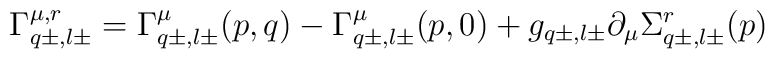
\Gamma^{\mu,r}_{q \pm,l \pm}= \Gamma^{\mu}_{q \pm,l \pm}(p,q)-\Gamma^{\mu}_{q \pm,l \pm}(p,0)+g_{q \pm,l \pm} \partial_{\mu} \Sigma^r_{q \pm,l \pm}(p)